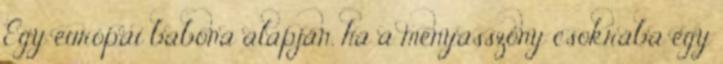
Egy európai babona alapján, ha a menyasszony csokrába egy